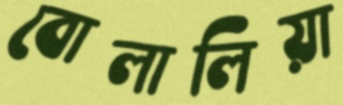
বোলালিয়া